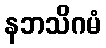
နဘသိဂမံ